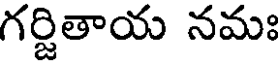
గర్జితాయ నమః